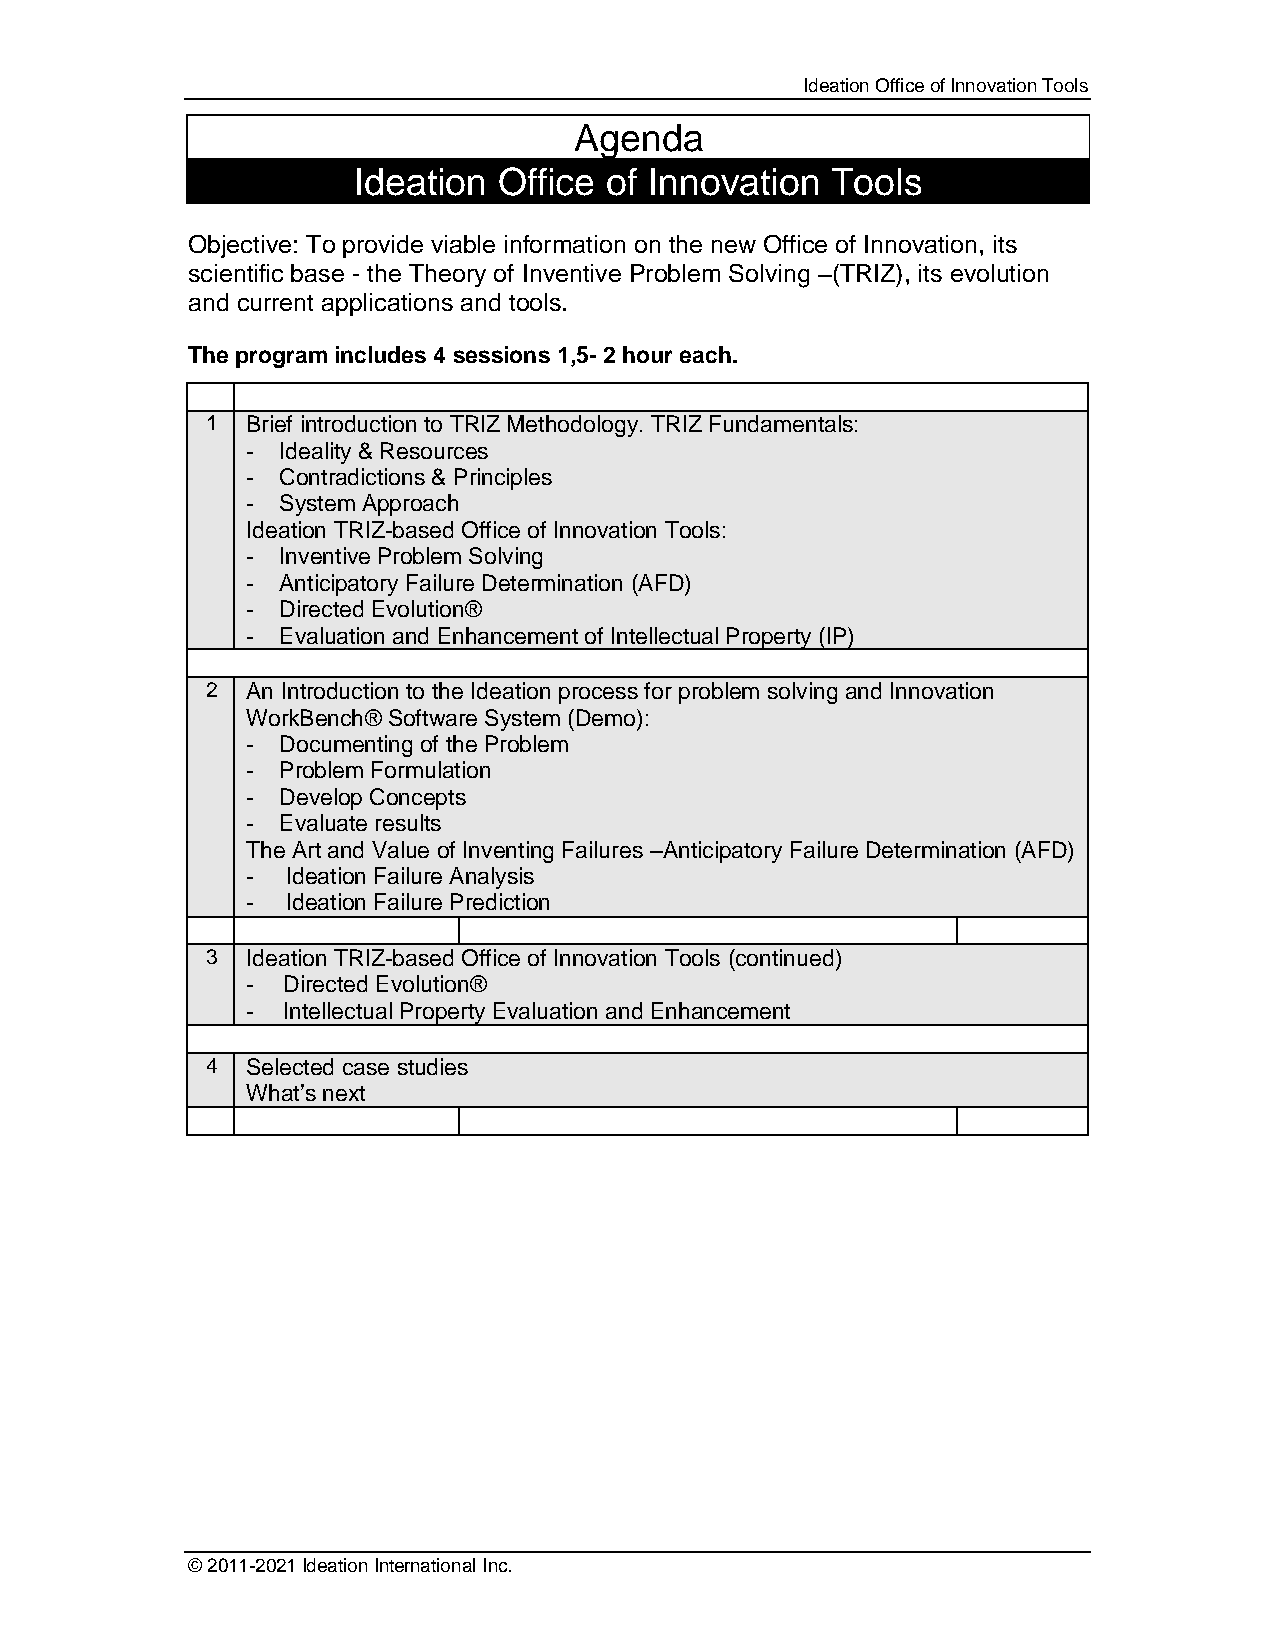
Ideation Office of Innovation Tools
 Agenda
 Ideation  Office of Innovation  Tools
 Objective: To provide viable information on the new Office of Innovation, its
 scientific base - the Theory of Inventive Problem Solving –(TRIZ), its evolution
 and current applications and tools.
 The program includes 4 sessions 1,5- 2 hour each.
 1 Brief introduction to TRIZ Methodology. TRIZ Fundamentals:
 - Ideality & Resources
 - Contradictions & Principles
 - System Approach
 Ideation TRIZ-based Office of Innovation Tools:
 - Inventive Problem Solving
 - Anticipatory Failure Determination (AFD)
 - Directed Evolution®
 - Evaluation and Enhancement of Intellectual Property (IP)
 2 An Introduction to the Ideation process for problem solving and Innovation
 WorkBench® Software System (Demo):
 - Documenting of the Problem
 - Problem Formulation
 - Develop Concepts
 - Evaluate results
 The Art and Value of Inventing Failures –Anticipatory Failure Determination (AFD)
 -  Ideation Failure Analysis
 -  Ideation Failure Prediction
 3 Ideation TRIZ-based Office of Innovation Tools (continued)
 -  Directed Evolution®
 -  Intellectual Property Evaluation and Enhancement
 4 Selected case studies
 What’s next
 © 2011-2021 Ideation International Inc.